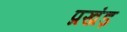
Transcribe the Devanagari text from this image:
प्रखंड़